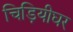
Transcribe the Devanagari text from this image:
चिड़ियीघर